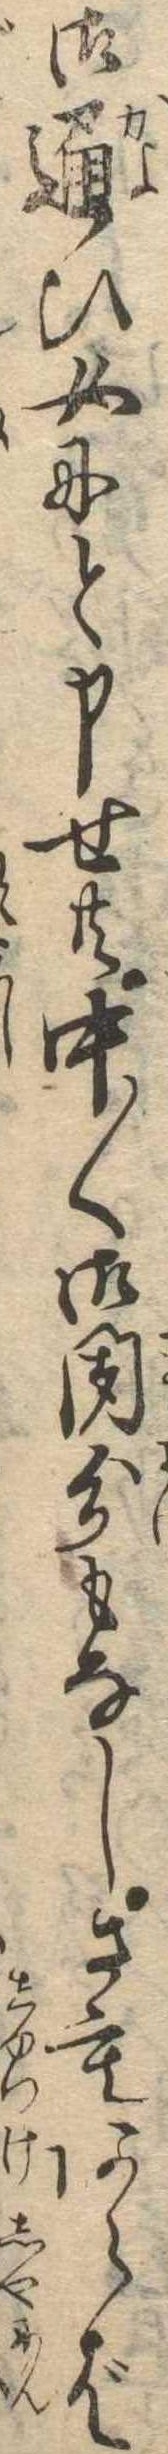
御通ひ女にと申せ共中〱御聞分もなしさもあらば